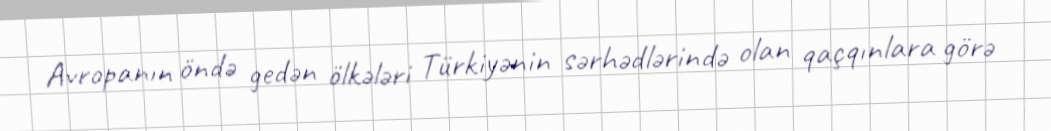
Avropanın öndə gedən ölkələri Türkiyənin sərhədlərində olan qaçqınlara görə